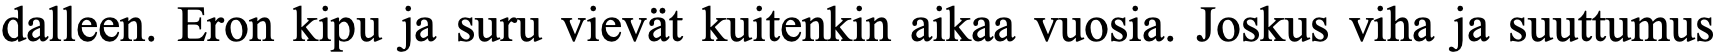
dalleen. Eron kipu ja suru vievät kuitenkin aikaa vuosia. Joskus viha ja suuttumus